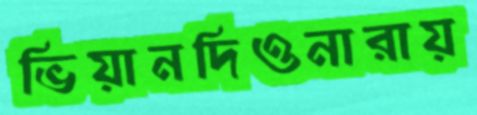
ভিয়ানদিওনারায়